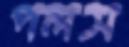
পলস